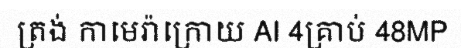
ត្រង់ កាមេរ៉ាក្រោយ AI 4គ្រាប់ 48MP